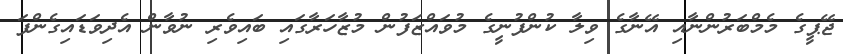
ޖޭޕީގެ މެމްބަރުންނާއި އޭނާގެ ވިލާ ކުންފުނީގެ މުވައްޒަފުން މުޒާހަރާގައި ބައިވެރި ނުވާން އެދިވަޑައިގެންފަ